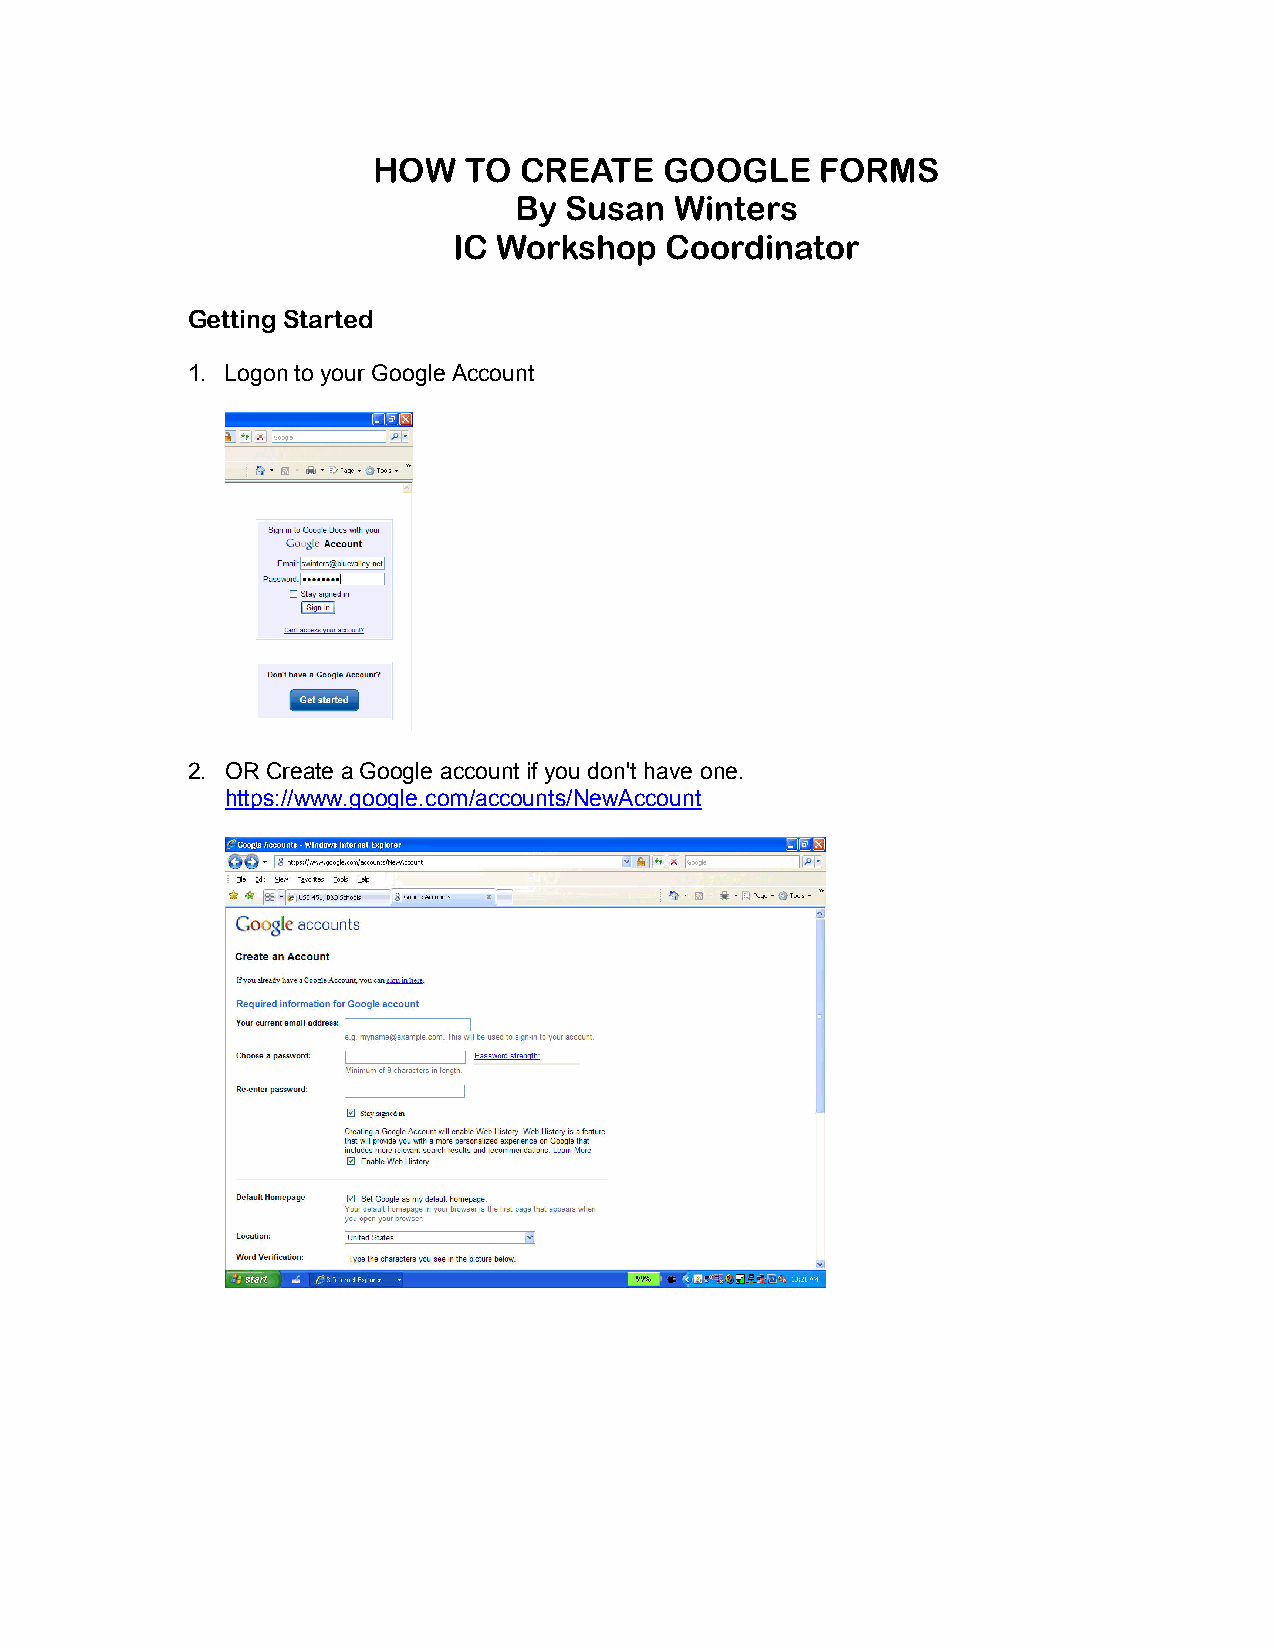
HOW   TO CREATE    GOOGLE    FORMS
 By Susan   Winters
 IC Workshop   Coordinator
 Getting Started
 1. Logon to your Google Account
 2. OR Create a Google account if you don't have one.
 https://www.google.com/accounts/NewAccount